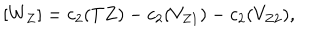
[ W _ { Z } ] = c _ { 2 } ( T Z ) - c _ { 2 } ( V _ { Z 1 } ) - c _ { 2 } ( V _ { Z 2 } ) ,